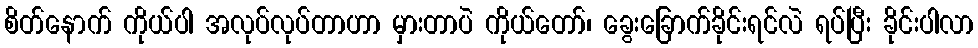
စိတ်နောက် ကိုယ်ပါ အလုပ်လုပ်တာဟာ မှားတာပဲ ကိုယ်တော်၊ ခွေးခြောက်ခိုင်းရင်လဲ ရပ်ပြီး ခိုင်းပါလာ